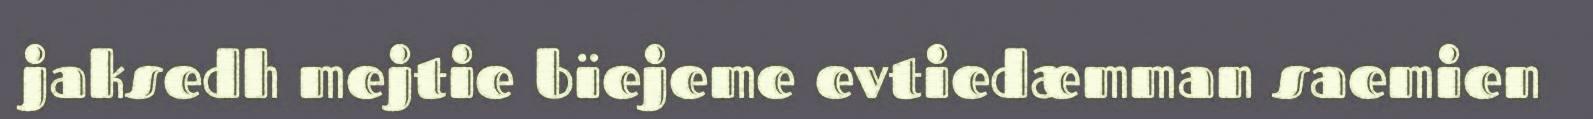
jaksedh mejtie bïejeme evtiedæmman saemien